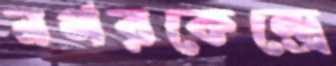
নগরকেন্দ্রে